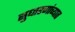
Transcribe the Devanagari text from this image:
सुधारणांच्यात